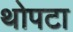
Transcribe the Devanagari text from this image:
थोपटा